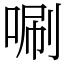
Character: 唰